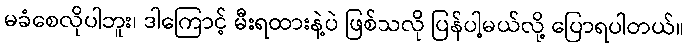
မခံစေလိုပါဘူး၊ ဒါကြောင့် မီးရထားနဲ့ပဲ ဖြစ်သလို ပြန်ပါ့မယ်လို့ ပြောရပါတယ်။